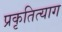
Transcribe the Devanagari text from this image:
प्रकृतित्याग